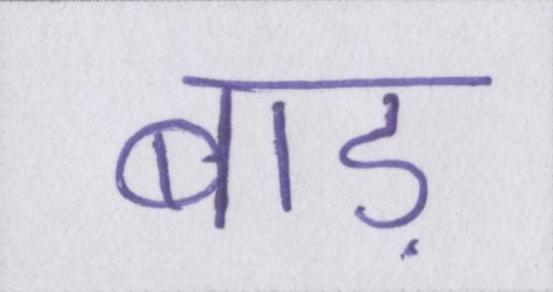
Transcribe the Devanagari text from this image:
बाड़